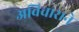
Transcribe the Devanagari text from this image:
अविचाराने